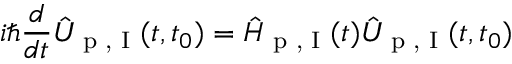
i \hbar \frac { d } { d t } \hat { U } _ { \textrm { p , I } } ( t , t _ { 0 } ) = \hat { H } _ { \textrm { p , I } } ( t ) \hat { U } _ { \textrm { p , I } } ( t , t _ { 0 } )